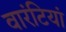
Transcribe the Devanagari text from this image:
वारंटियां